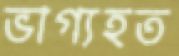
ভাগ্যহত